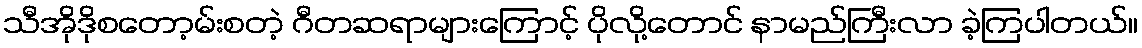
သီအိုဒိုစတော့မ်းစတဲ့ ဂီတဆရာများကြောင့် ပိုလို့တောင် နာမည်ကြီးလာ ခဲ့ကြပါတယ်။